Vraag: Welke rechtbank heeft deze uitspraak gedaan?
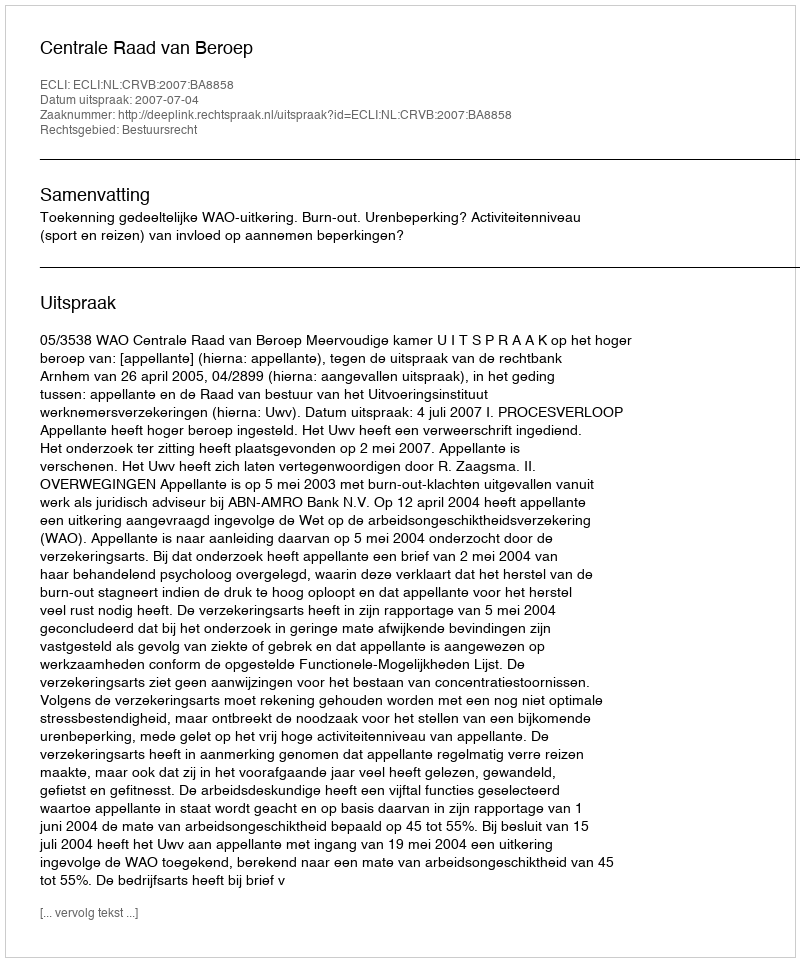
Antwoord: Centrale Raad van Beroep